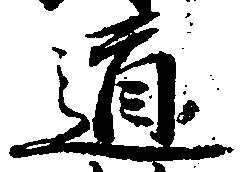
道